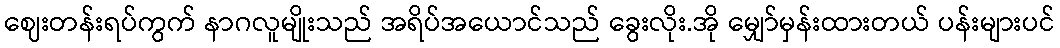
ဈေးတန်းရပ်ကွက် နာဂလူမျိုးသည် အရိပ်အယောင်သည် ခွေးလိုး.အို မျှော်မှန်းထားတယ် ပန်းများပင်